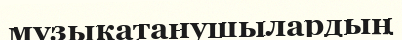
музыкатанушылардың